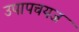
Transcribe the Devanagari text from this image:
उपापचयज